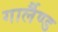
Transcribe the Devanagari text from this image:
गार्लैण्ड